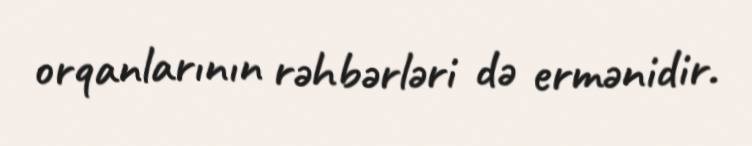
orqanlarının rəhbərləri də ermənidir.